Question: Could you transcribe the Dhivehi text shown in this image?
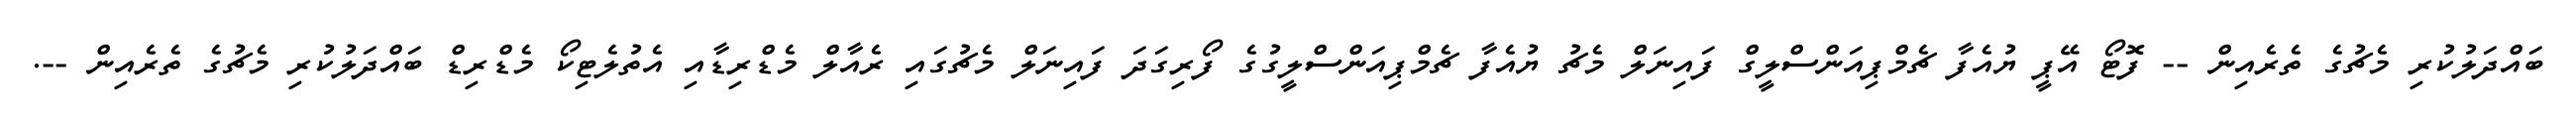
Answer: ބައްދަލުކުރި މެޗުގެ ތެރެއިން -- ފޮޓޯ އޭޕީ ޔުއެފާ ޗެމްޕިއަންސްލީގް ފައިނަލް މެޗު ޔުއެފާ ޗެމްޕިއަންސްލީގުގެ ފޯރިގަދަ ފައިނަލް މެޗުގައި ރެއާލް މެޑްރިޑާއި އެތުލެޓިކޯ މެޑްރިޑް ބައްދަލުކުރި މެޗުގެ ތެރެއިން --.